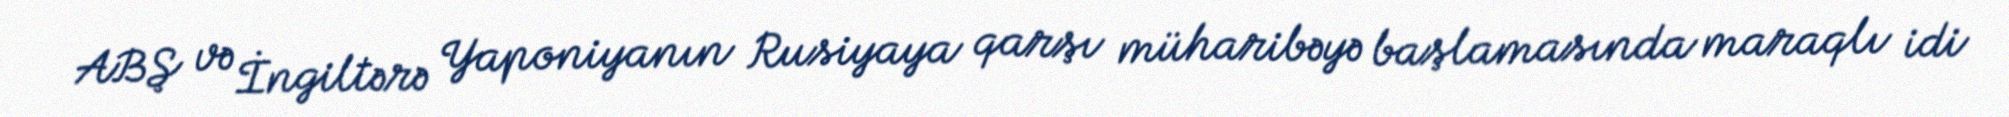
ABŞ və İngiltərə Yaponiyanın Rusiyaya qarşı müharibəyə başlamasında maraqlı idi